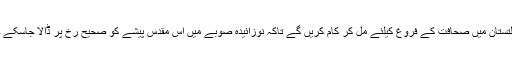
گلگت بلتستان نیوز پیپر سوسائٹی اور محکمہ اطلاعات نے مل کر اس عزم کا اظہار کیا کہ گلگت بلتستان میں صحافت کے فروغ کیلئے مل کر کام کریں گے تاکہ نوزائیدہ صوبے میں اس مقدس پیشے کو صحیح رخ پر ڈالا جاسکے جس سے نہ صرف معاشرے کی اصلاح ہو بلکہ صحافتی اداروں کی ترقی کیلئے راہیں کھل سکیں۔